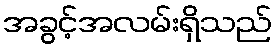
အခွင့်အလမ်းရှိသည်